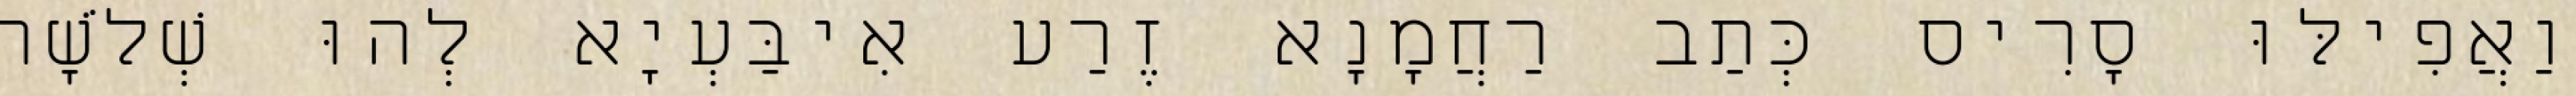
וַאֲפִילּוּ סָרִיס כְּתַב רַחֲמָנָא זֶרַע אִיבַּעְיָא לְהוּ שְׁלֹשָׁה